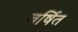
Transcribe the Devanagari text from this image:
वर्षित